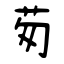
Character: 茐